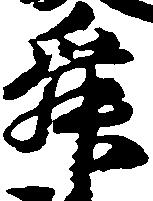
舜